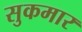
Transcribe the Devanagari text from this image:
सुकमार